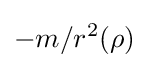
-m/r^{2}(\rho )